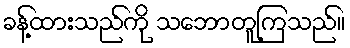
ခန့်ထားသည်ကို သဘောတူကြသည်။